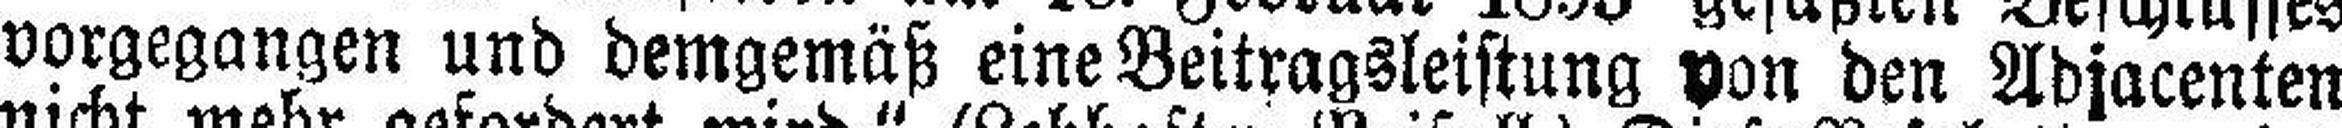
vorgegangen und demgemäß eine Beitragsleistung von den Adjacenten